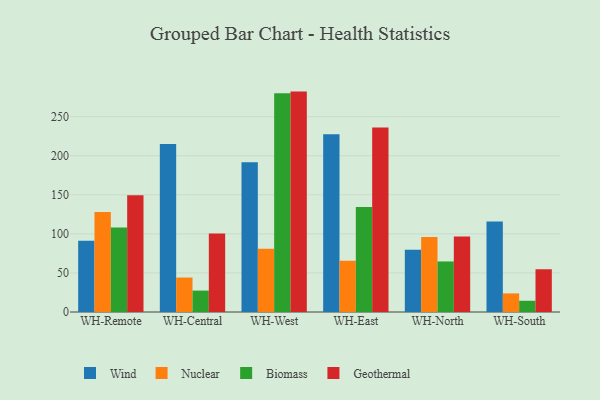
{"axis": {"x": "Warehouse", "y": "Active Users"}, "legend": ["Biomass", "Geothermal", "Nuclear", "Wind"], "data": [{"x": "WH-Remote", "y": 91.1, "type": "Wind"}, {"x": "WH-Remote", "y": 128.0, "type": "Nuclear"}, {"x": "WH-Remote", "y": 108.3, "type": "Biomass"}, {"x": "WH-Remote", "y": 149.4, "type": "Geothermal"}, {"x": "WH-Central", "y": 214.9, "type": "Wind"}, {"x": "WH-Central", "y": 44.1, "type": "Nuclear"}, {"x": "WH-Central", "y": 27.4, "type": "Biomass"}, {"x": "WH-Central", "y": 100.5, "type": "Geothermal"}, {"x": "WH-West", "y": 191.8, "type": "Wind"}, {"x": "WH-West", "y": 81.1, "type": "Nuclear"}, {"x": "WH-West", "y": 279.9, "type": "Biomass"}, {"x": "WH-West", "y": 282.1, "type": "Geothermal"}, {"x": "WH-East", "y": 227.5, "type": "Wind"}, {"x": "WH-East", "y": 65.6, "type": "Nuclear"}, {"x": "WH-East", "y": 134.4, "type": "Biomass"}, {"x": "WH-East", "y": 236.0, "type": "Geothermal"}, {"x": "WH-North", "y": 79.8, "type": "Wind"}, {"x": "WH-North", "y": 95.9, "type": "Nuclear"}, {"x": "WH-North", "y": 64.7, "type": "Biomass"}, {"x": "WH-North", "y": 96.7, "type": "Geothermal"}, {"x": "WH-South", "y": 115.9, "type": "Wind"}, {"x": "WH-South", "y": 23.8, "type": "Nuclear"}, {"x": "WH-South", "y": 14.4, "type": "Biomass"}, {"x": "WH-South", "y": 54.7, "type": "Geothermal"}]}